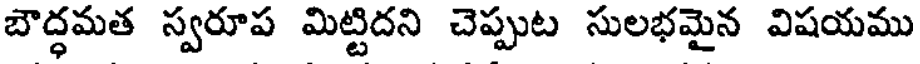
బౌద్ధమత స్వరూప మిట్టిదని చెప్పుట సులభమైన విషయము